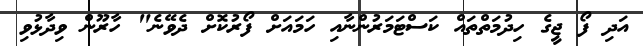
އަދި ފޯ ޖީގެ ހިދުމަތްތައް ކަސްޓަމަރުންނާއި ހަމައަށް ފޯރުކޮށް ދެވޭނެ" ހާރޫން ވިދާޅުވި